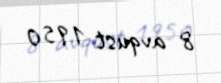
8 avqust 1950